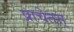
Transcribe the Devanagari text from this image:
प्राचेतस्